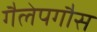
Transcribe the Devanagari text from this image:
गैलेपगौस